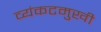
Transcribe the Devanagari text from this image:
व्यंकटमुखी